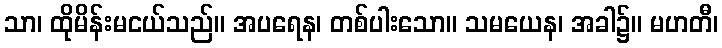
သာ၊ ထိုမိန်းမငယ်သည်။ အပရေန၊ တစ်ပါးသော။ သမယေန၊ အခါ၌။ မဟတီ၊